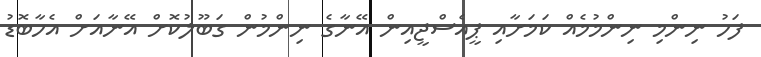
ފަހު ނިންމި ނިންމުމެއް ކަމަށާއި ޕީއެސްޖީއިން އޭނާގެ ނިންމުން ގަބޫލުކޮށް އޭނާއަށް އެހާބޮޑު